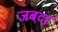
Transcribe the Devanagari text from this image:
जबद़ा